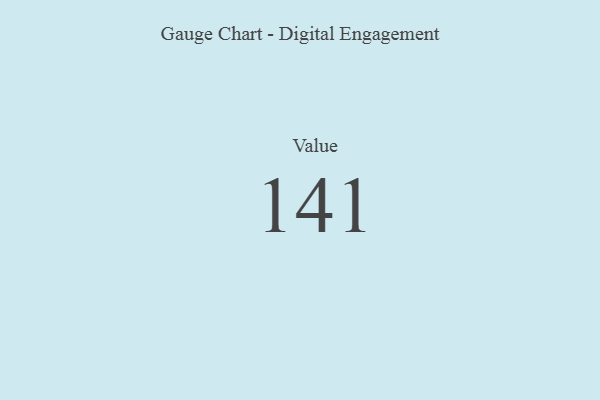
{"axis": {"x": "Metric", "y": "Value"}, "legend": [""], "data": [{"x": "Value", "y": 141, "type": ""}]}